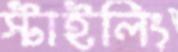
স্টাইলিং